Aleksander_Warma, lk 36
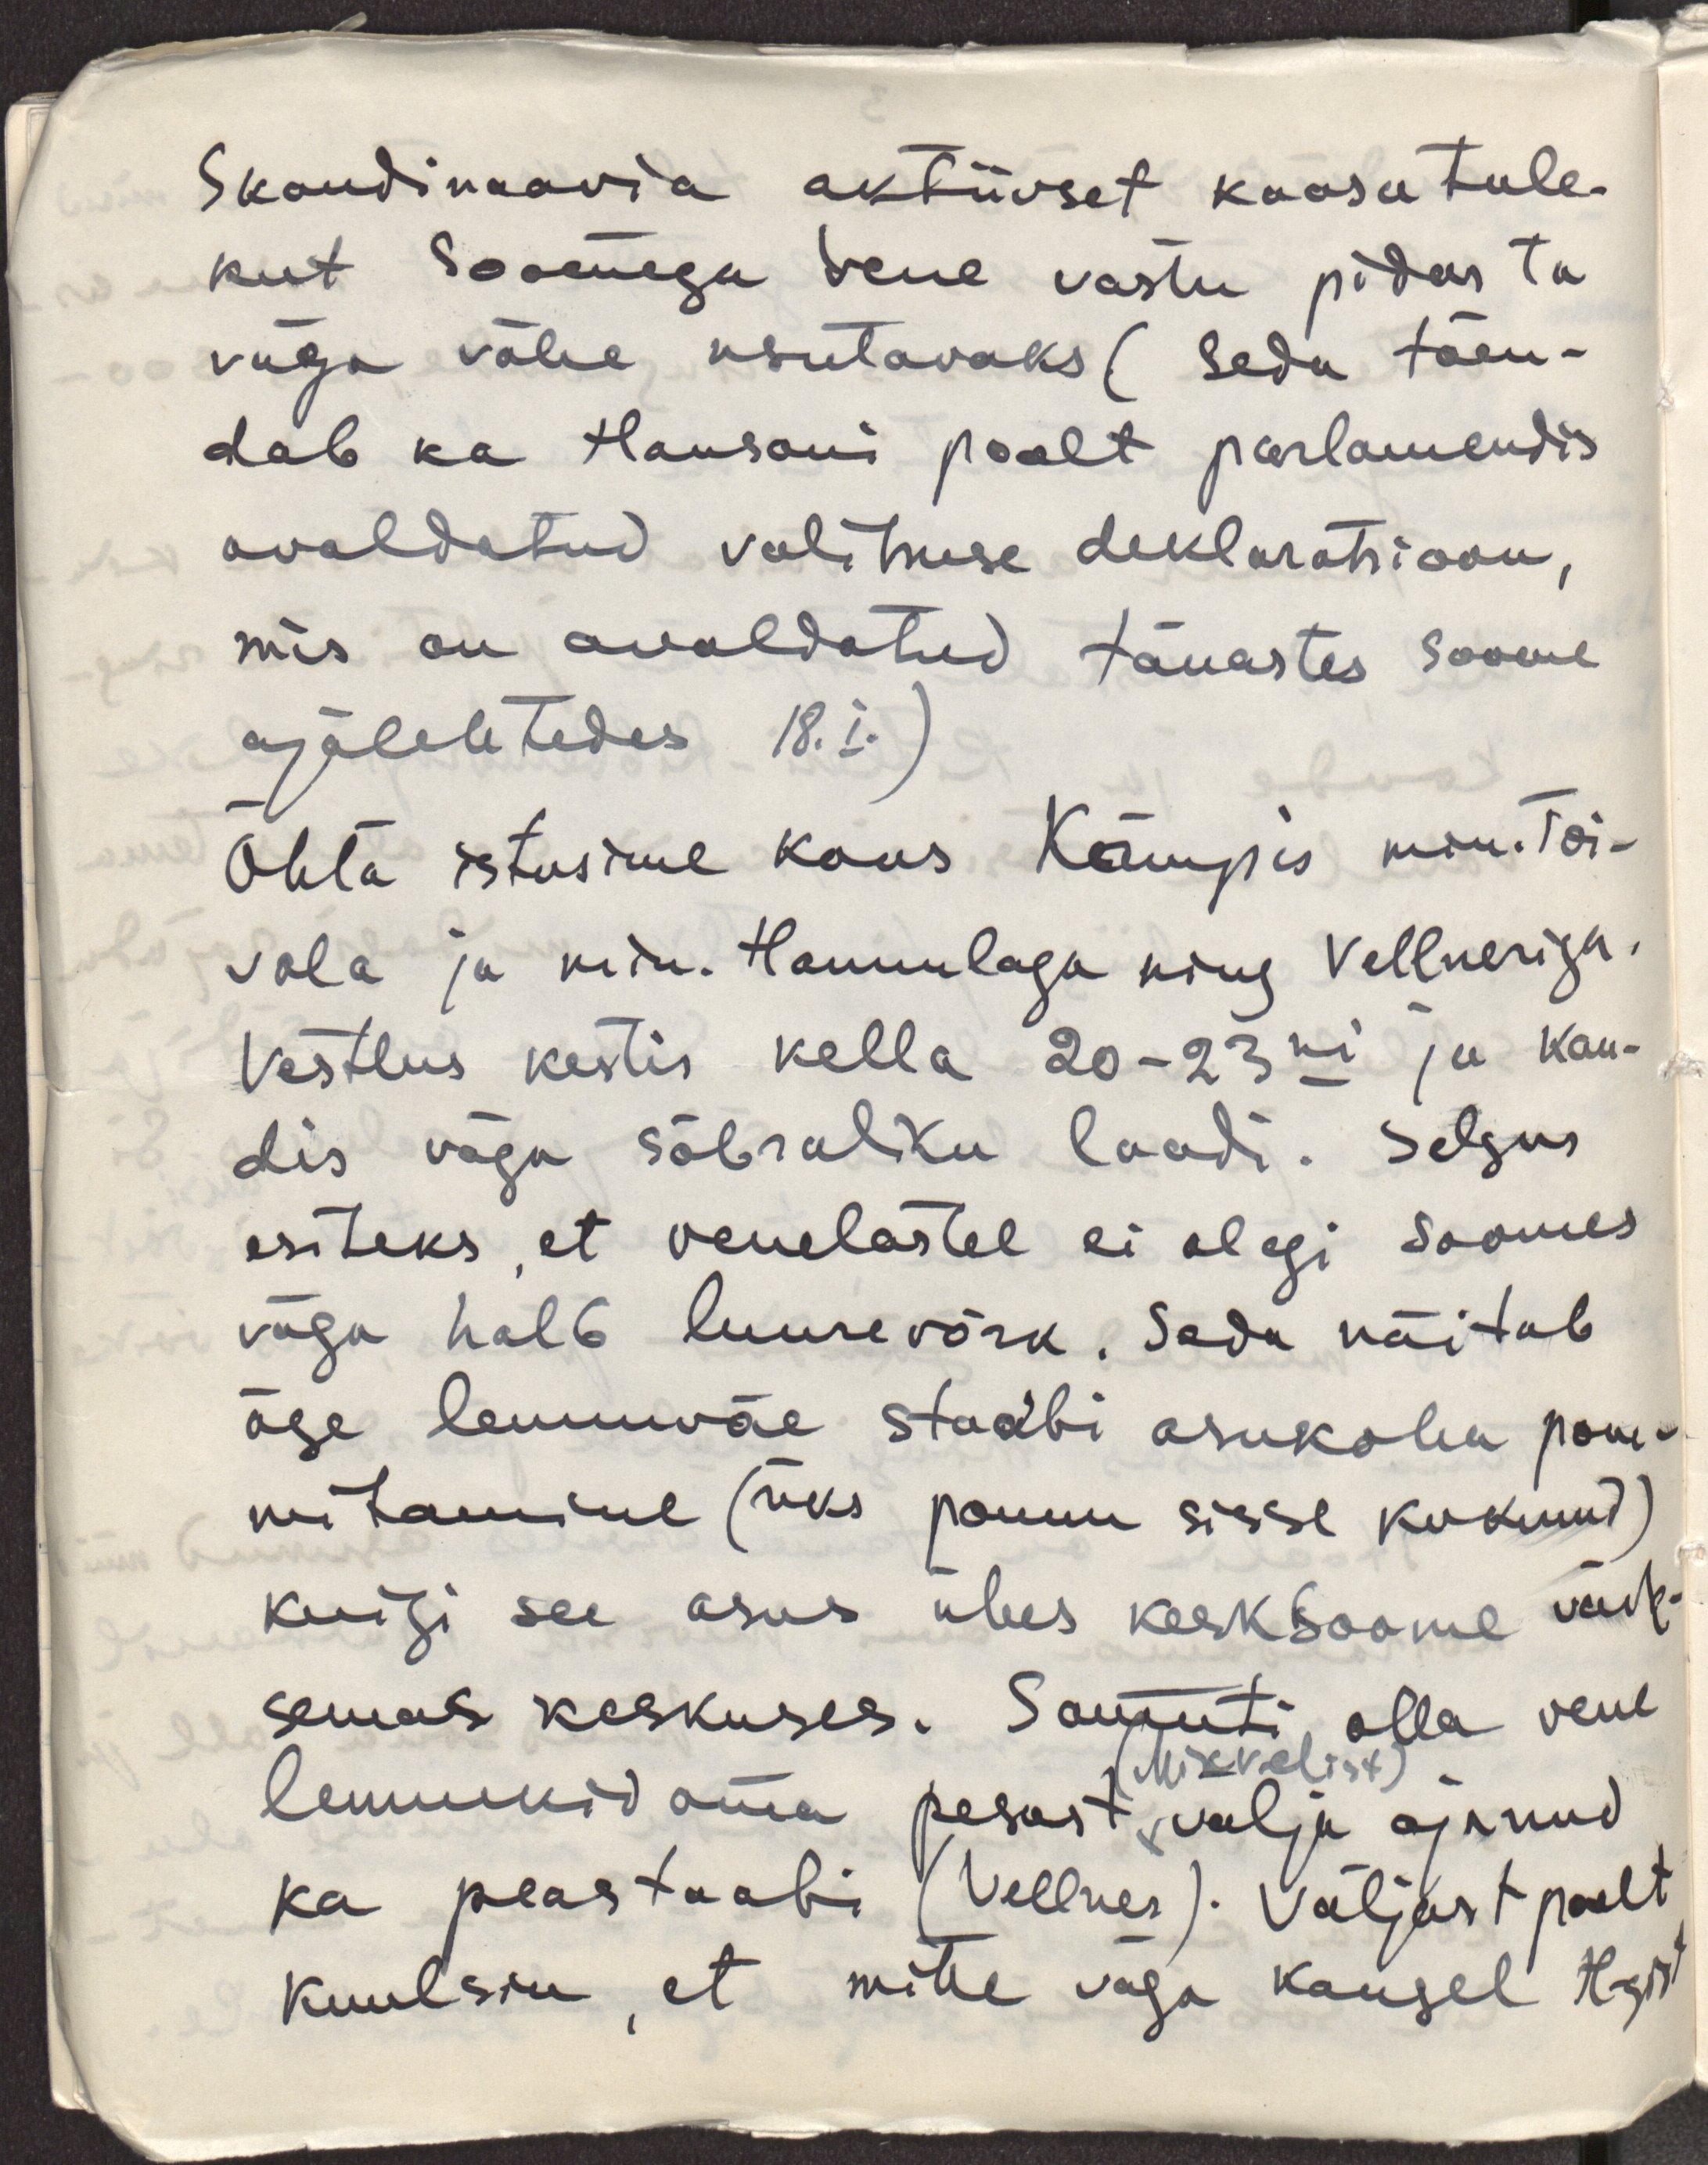
Skandinaavia aktiivset kaasatule-
kut Soomega Vene vastu pidas ta
väga vähe usutavaks (seda tõen-
dab ka Hansoni poolt parlamendis
avaldatud valitsuse deklaratsioon, 
mis on avaldatud tänastes Soome
ajalehtedes 18.I.)
Õhta istusime koos Kämpis min. Toi-
vala ja min. Hannulaga ning Vellnesiga.
Vestlus kestis kella 20-23ni ja kan-
dis väga sõbraliku laadi. Selgus
esiteks, et venelastel ei olegi Soomes
väga halb luurevõrk. Seda näitab
ära lennuväe staabi asukoha pom-
mitamine (üks pomm sisse kuknud)
kuigi see asus ühes keskSoome väik-
semas keskuses. Samuti olla veel 
lennukid oma (Mikkelist) pesast välja ajanud
ka peastaabi (Vellnes). Väljast poolt
kuulsin, et mitte väga kaugel Hgst